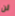
لن